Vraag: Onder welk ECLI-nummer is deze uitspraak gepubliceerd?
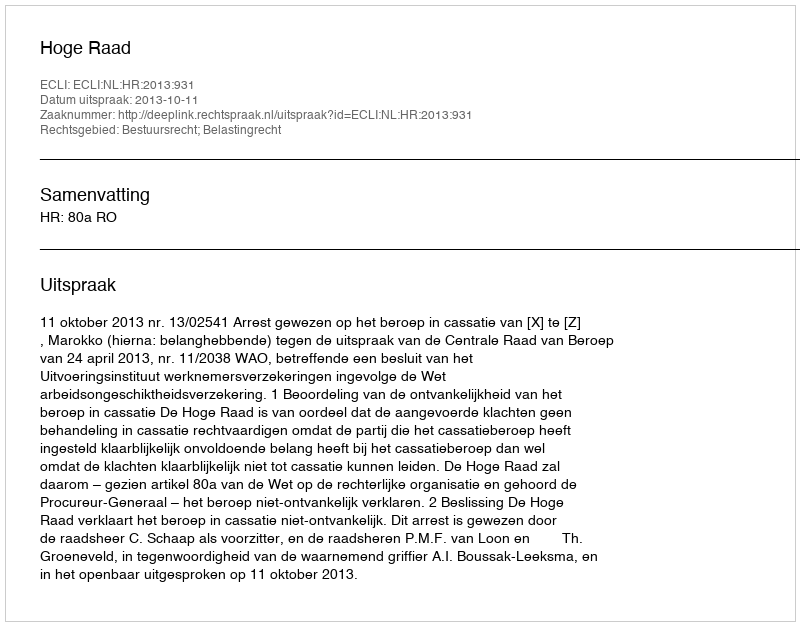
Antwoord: ECLI:NL:HR:2013:931